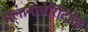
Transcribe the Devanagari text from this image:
मेलानोचेरिटिडेइ